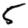
Digit: 5